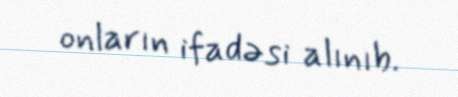
onların ifadəsi alınıb.